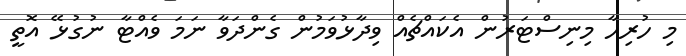
މި ހުރިހާ މިނިސްޓަރުން އެކައްޗެއް ވިދާޅުވަމުން ގެންްދަވާ ނަމަ ވެއްޓާ ނުގުޅޭ އޮތީ